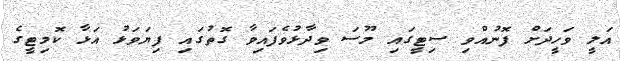
އަލީ ވަހީދަށް ފޮނުއްވި ސިޓީގައި މޫސަ ވިދާޅުވެފައިވާ ގޮތުގައި ފިޔަވަޅު އަޅާ ކޮމިޓީގެ